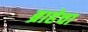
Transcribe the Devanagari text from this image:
ब्राहेचा